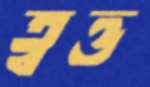
ত্বত্ত